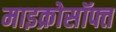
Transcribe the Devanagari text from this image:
माइक्रोसॉफ्त